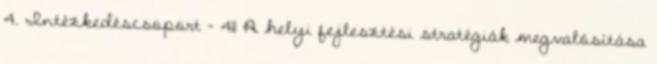
4. Intézkedéscsoport - 411 A helyi fejlesztési stratégiák megvalósítása